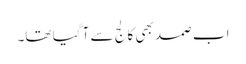
اب صمد بھی کالج سے آ گیا تھا۔